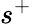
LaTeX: s^{+}